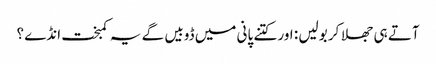
آتے ہی جھلا کر بولیں : اور کتنے پانی میں ڈوبیں گے یہ کمبخت انڈے ؟